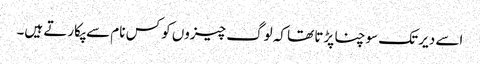
اسے دیر تک سوچنا پڑتا تھا کہ لوگ چیزوں کو کس نام سے پکارتے ہیں۔